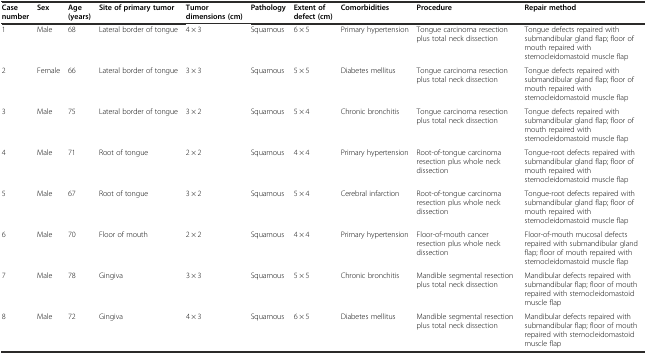
| Case number | Sex | Age (years) | Site of primary tumor | Tumor dimensions (cm) | Pathology | Extent of defect (cm) | Comorbidities | Procedure | Repair method |
 | --- | --- | --- | --- | --- | --- | --- | --- | --- | --- |
 | 1 | Male | 68 | Lateral border of tongue | 4 × 3 | Squamous | 6 × 5 | Primary hypertension | Tongue carcinoma resection plus total neck dissection | Tongue defects repaired with submandibular gland flap; floor of mouth repaired with sternocleidomastoid muscle flap |
 | 2 | Female | 66 | Lateral border of tongue | 3 × 3 | Squamous | 5 × 5 | Diabetes mellitus | Tongue carcinoma resection plus total neck dissection | Tongue defects repaired with submandibular gland flap; floor of mouth repaired with sternocleidomastoid muscle flap |
 | 3 | Male | 75 | Lateral border of tongue | 3 × 2 | Squamous | 5 × 4 | Chronic bronchitis | Tongue carcinoma resection plus total neck dissection | Tongue defects repaired with submandibular gland flap; floor of mouth repaired with sternocleidomastoid muscle flap |
 | 4 | Male | 71 | Root of tongue | 2 × 2 | Squamous | 4 × 4 | Primary hypertension | Root-of-tongue carcinoma resection plus whole neck dissection | Tongue-root defects repaired with submandibular gland flap; floor of mouth repaired with sternocleidomastoid muscle flap |
 | 5 | Male | 67 | Root of tongue | 3 × 2 | Squamous | 5 × 4 | Cerebral infarction | Root-of-tongue carcinoma resection plus whole neck dissection | Tongue-root defects repaired with submandibular gland flap; floor of mouth repaired with sternocleidomastoid muscle flap |
 | 6 | Male | 70 | Floor of mouth | 2 × 2 | Squamous | 4 × 4 | Primary hypertension | Floor-of-mouth cancer resection plus whole neck dissection | Floor-of-mouth mucosal defects repaired with submandibular gland flap; floor of mouth repaired with sternocleidomastoid muscle flap |
 | 7 | Male | 78 | Gingiva | 3 × 3 | Squamous | 5 × 5 | Chronic bronchitis | Mandible segmental resection plus total neck dissection | Mandibular defects repaired with submandibular flap; floor of mouth repaired with sternocleidomastoid muscle flap |
 | 8 | Male | 72 | Gingiva | 4 × 3 | Squamous | 6 × 5 | Diabetes mellitus | Mandible segmental resection plus total neck dissection | Mandibular defects repaired with submandibular flap; floor of mouth repaired with sternocleidomastoid muscle flap |